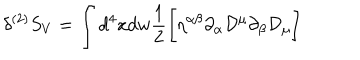
\delta ^ { ( 2 ) } S _ { V } = \int d ^ { 4 } x d w \frac { 1 } { 2 } \biggl [ \eta ^ { \alpha \beta } \partial _ { \alpha } { \cal D } ^ { \mu } \partial _ { \beta } { \cal D } _ { \mu } \biggr ]